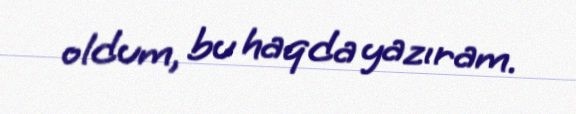
oldum, bu haqda yazıram.